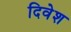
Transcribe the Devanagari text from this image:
दिवेश